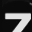
Digit: 7